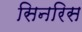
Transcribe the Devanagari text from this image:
सिनरिस